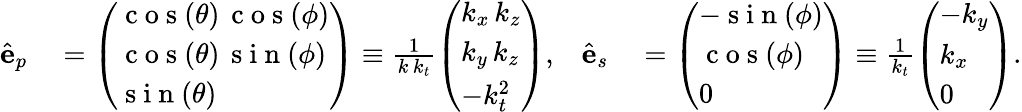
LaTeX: \begin{array}{rlrl}{\hat{\mathbf{e}}_{p}}&{{}=\left(\begin{array}{l}{\mathrm{~c~o~s~}(\theta)\, \mathrm{~c~o~s~}(\phi)}\\ {\mathrm{~c~o~s~}(\theta)\, \mathrm{~s~i~n~}(\phi)}\\ {\mathrm{~s~i~n~}(\theta)}\end{array}\right)\equiv\frac{1}{k\, k_{t}}\left(\begin{array}{l}{k_{x}\, k_{z}}\\ {k_{y}\, k_{z}}\\ {-k_{t}^{2}}\end{array}\right),}&{\hat{\mathbf{e}}_{s}}&{{}=\left(\begin{array}{l}{-\mathrm{~s~i~n~}(\phi)}\\ {\mathrm{~c~o~s~}(\phi)}\\ {0}\end{array}\right)\equiv\frac{1}{k_{t}}\left(\begin{array}{l}{-k_{y}}\\ {k_{x}}\\ {0}\end{array}\right).}\end{array}